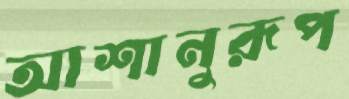
আশানুরূপ